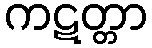
ကဋတ္တာ